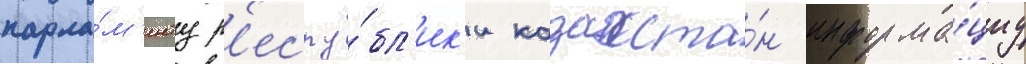
парла́м'енту р'еспу́бл'ик'и казахста́н информа́циу